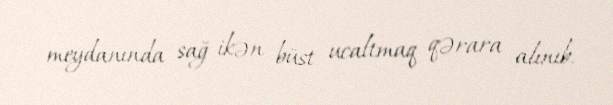
meydanında sağ ikən büst ucaltmaq qərara alınıb.